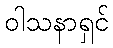
ဝါသနာရှင်